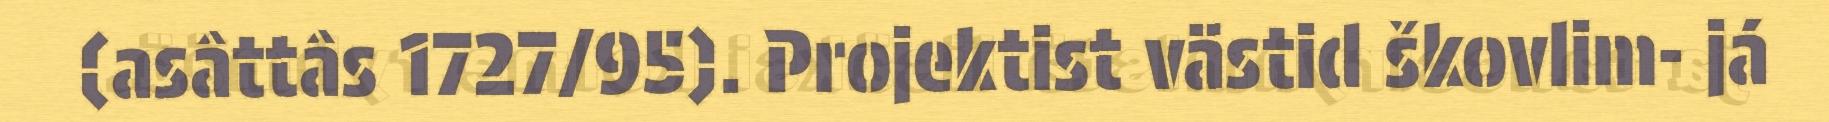
(asâttâs 1727/95). Projektist västid škovlim- já